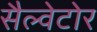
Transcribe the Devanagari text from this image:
सैल्वेटोर